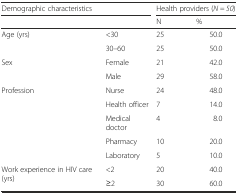
| <COLSPAN=2> Demographic characteristics | <COLSPAN=2> Health providers (N = 50) |
 | <COLSPAN=2>  | N | % |
 | --- | --- | --- | --- |
 | <ROWSPAN=2> Age (yrs) | <30 | 25 | 50.0 |
 | 30–60 | 25 | 50.0 |
 | <ROWSPAN=2> Sex | Female | 21 | 42.0 |
 | Male | 29 | 58.0 |
 | <ROWSPAN=5> Profession | Nurse | 24 | 48.0 |
 | Health officer | 7 | 14.0 |
 | Medical doctor | 4 | 8.0 |
 | Pharmacy | 10 | 20.0 |
 | Laboratory | 5 | 10.0 |
 | <ROWSPAN=2> Work experience in HIV care (yrs) | <2 | 20 | 40.0 |
 | ≥2 | 30 | 60.0 |